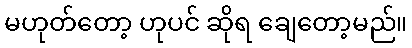
မဟုတ်တော့ ဟုပင် ဆိုရ ချေတော့မည်။